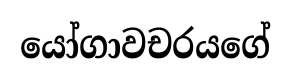
යෝගාවචරයගේ